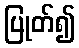
ပြုတ်၍